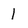
Character: 1